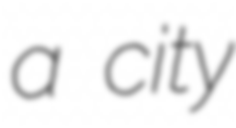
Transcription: a city